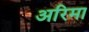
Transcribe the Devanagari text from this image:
अरिमा